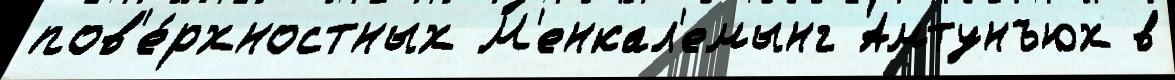
пов'е́рхностных М'енкал'емынг Амтунъюх в